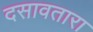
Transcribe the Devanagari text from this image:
दसावतारा